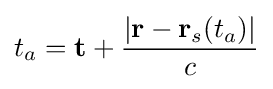
t_{a}=\mathbf {t} +{\frac {|\mathbf {r} -\mathbf {r} _{s}(t_{a})|}{c}}